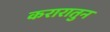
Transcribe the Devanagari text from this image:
करारातुन